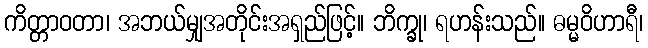
ကိတ္တာဝတာ၊ အဘယ်မျှအတိုင်းအရှည်ဖြင့်။ ဘိက္ခု၊ ရဟန်းသည်။ ဓမ္မဝိဟာရီ၊